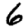
Digit: 6